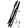
Digit: 1